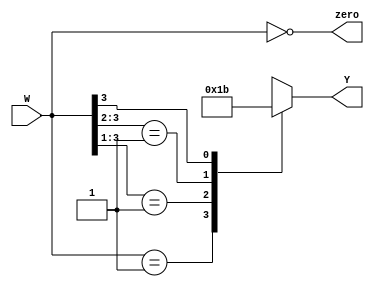
`timescale 1ns / 1ps
`default_nettype none

module priority_encoder(
    input wire [3:0] W,
    output wire zero,
    output reg [1:0] Y
);
// this will be the four two but with some changes to the switch satements
    assign zero = (W == 4'b0000);
    always@(W) // trigger if W  changes
    begin // start block
            casex(W) // base cases off of W
              4'b0001 : Y = 2'b00;
              4'b001X : Y = 2'b01;
              4'b01XX : Y = 2'b10; // assign the decoding values
              4'b1XXX : Y = 2'b11;
              default : Y = 2'bXX; //  case is not listed
            endcase
    end
    
endmodule